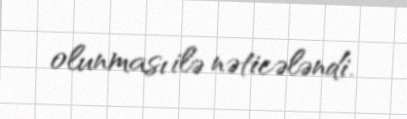
olunması ilə nəticələndi.